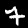
Digit: 7